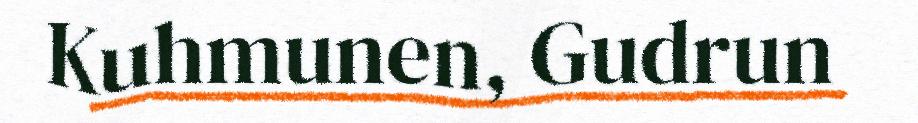
Kuhmunen, Gudrun